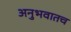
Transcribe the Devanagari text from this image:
अनुभवातच